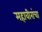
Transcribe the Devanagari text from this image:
महावीरांचा